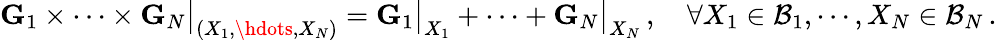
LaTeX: \mathbf{G}_{1}\times\cdots\times\mathbf{G}_{N}\big|_{(X_{1},\hdots,X_{N})}=\mathbf{G}_{1}\big|_{X_{1}}+\cdots+\mathbf{G}_{N}\big|_{X_{N}}\, ,\quad\forall X_{1}\in\mathcal{B}_{1},\cdots,X_{N}\in\mathcal{B}_{N}\, .